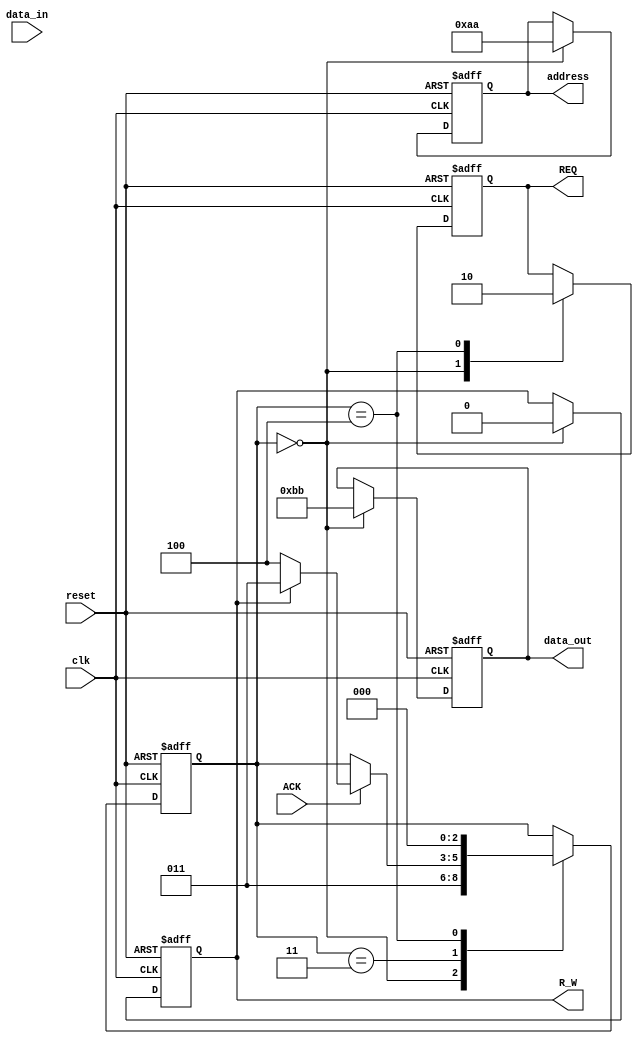
module master (
    input wire clk,
    input wire reset,
    output reg REQ,
    output reg R_W, // 0 for write, 1 for read
    output reg [7:0] address, // 8-bit address bus
    output reg [7:0] data_out, // data to write
    input wire ACK,
    input wire [7:0] data_in // data read from memory
);
    reg [2:0] state;
    parameter IDLE = 3'b000,
              WRITE = 3'b001,
              READ = 3'b010,
              WAIT_ACK = 3'b011,
              DONE = 3'b100;

    always @(posedge clk or posedge reset) begin
        if (reset) begin
            state <= IDLE;
            REQ <= 0;
            R_W <= 0;
            address <= 8'd0;
            data_out <= 8'd0;
        end else begin
            case (state)
                IDLE: begin
                    // Example: Start a write operation
                    REQ <= 1;
                    R_W <= 0; // Write operation
                    address <= 8'hAA; // Example address
                    data_out <= 8'hBB; // Example data
                    state <= WAIT_ACK;
                end
                
                WAIT_ACK: begin
                    if (ACK) begin
                        if (R_W == 0) begin // Write
                            // Drive the data onto the bus
                            state <= DONE; // After driving the data, go to done state
                        end else begin
                            state <= WAIT_ACK; // Wait for ack
                        end
                    end
                end

                DONE: begin
                    REQ <= 0;
                    state <= IDLE; // Go back to idle after operation
                end

            endcase
        end
    end
endmodule